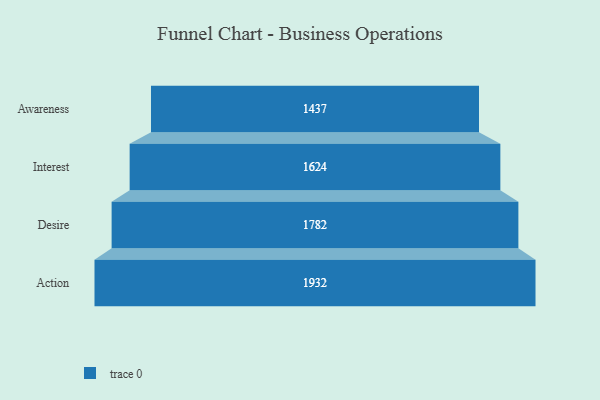
{"axis": {"x": "Stage", "y": "Value"}, "legend": [""], "data": [{"x": "Awareness", "y": 1437.0, "type": ""}, {"x": "Interest", "y": 1624.0, "type": ""}, {"x": "Desire", "y": 1782.0, "type": ""}, {"x": "Action", "y": 1932.0, "type": ""}]}